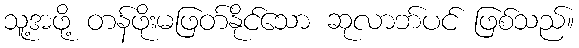
သူ့အဖို့ တန်ဖိုးမဖြတ်နိုင်သော ဆုလာဘ်ပင် ဖြစ်သည်။